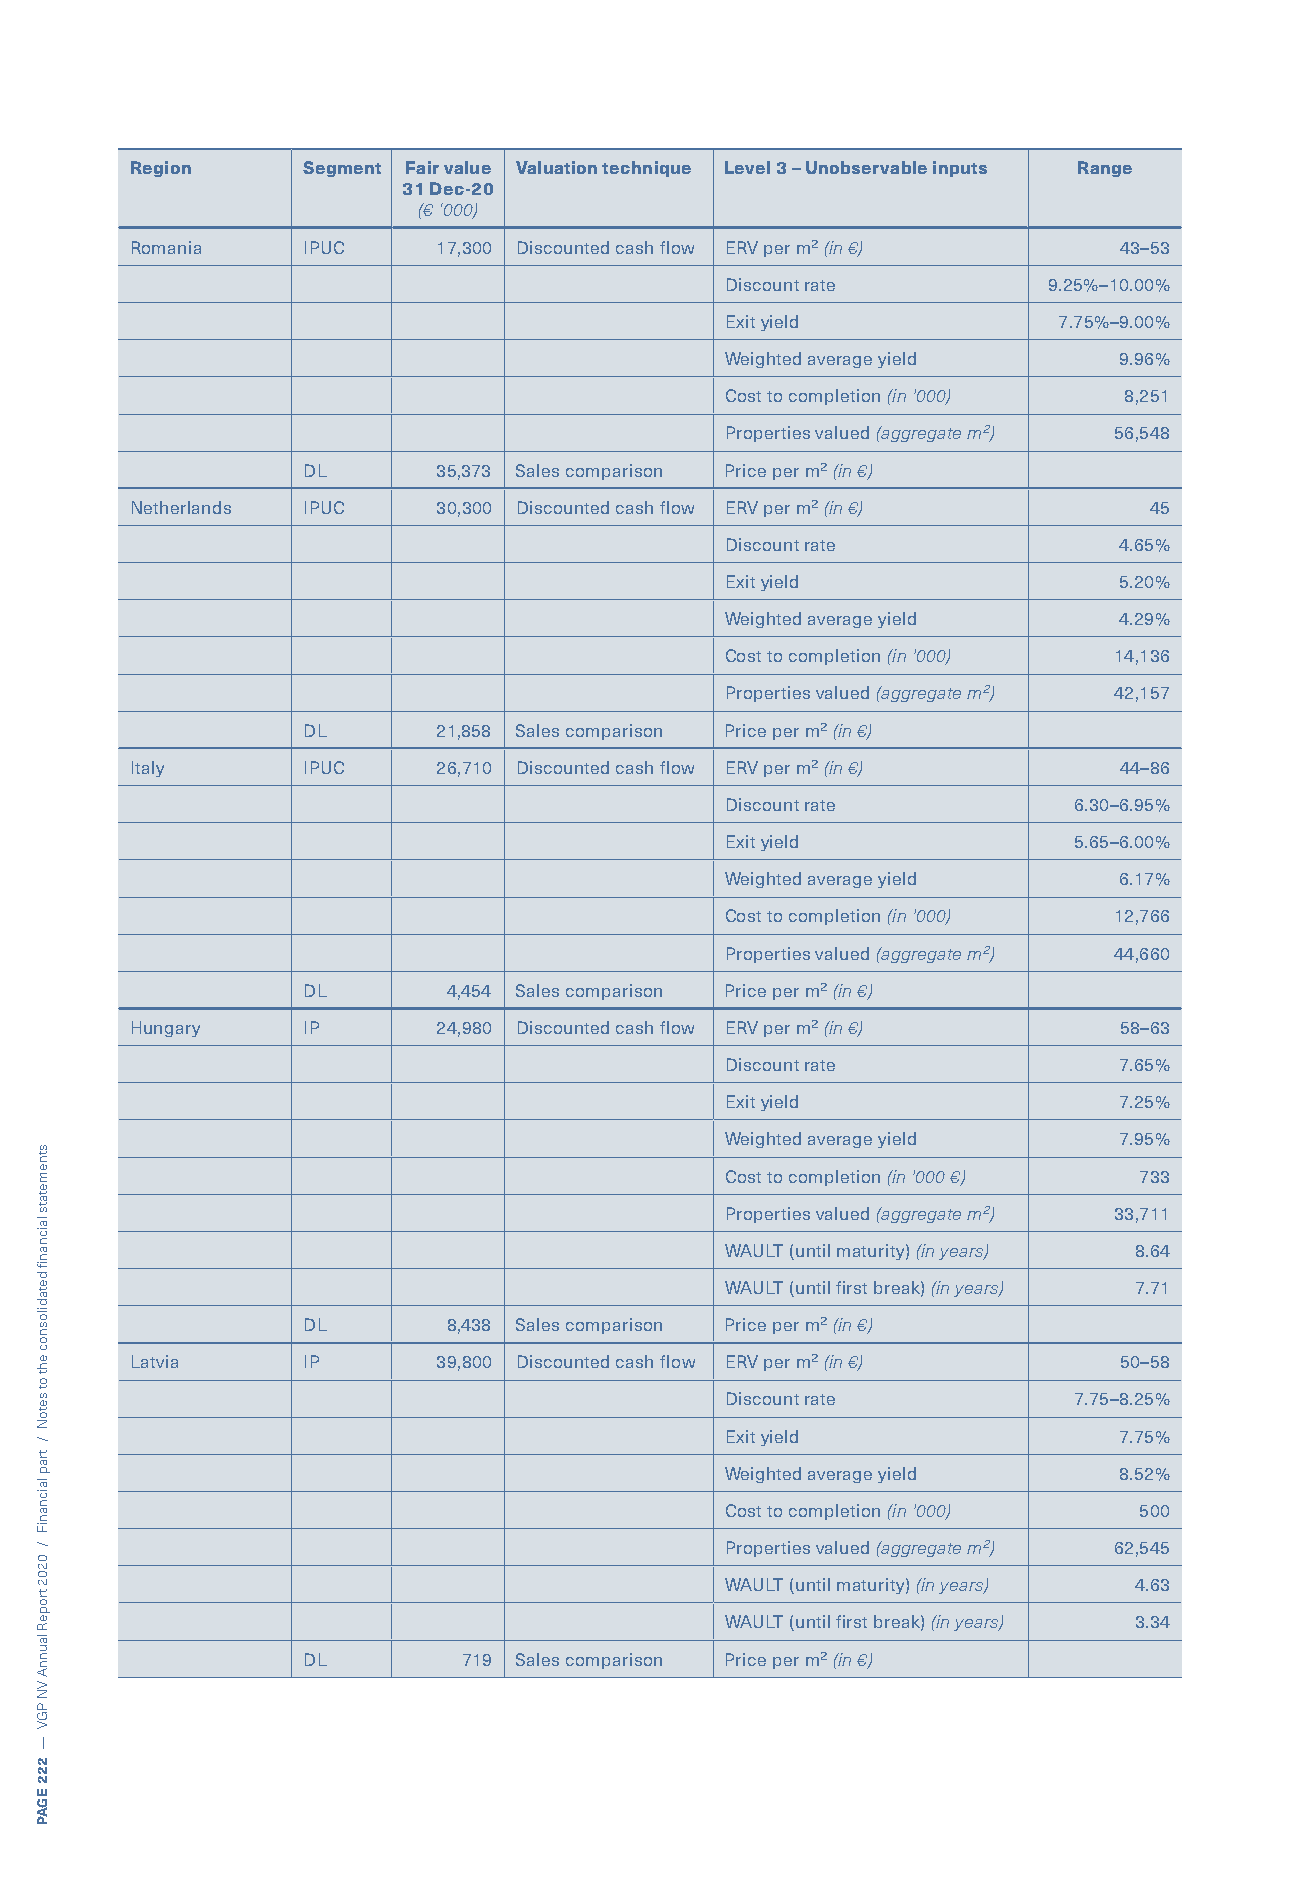
Region     Segment Fair value Valuation technique Level 3 – Unobservable inputs Range
 31 Dec-20
 (€ ‘000)
 Romania    IPUC     17,300 Discounted cash flow ERV per m² (in €) 43–53
 Discount rate        9.25%–10.00%
 Exit yield            7.75%–9.00%
 Weighted average yield    9.96%
 Cost to completion (in '000) 8,251
 Properties valued (aggregate m²) 56,548
 DL       35,373 Sales comparison Price per m² (in €)
 Netherlands IPUC    30,300 Discounted cash flow ERV per m² (in €)  45
 Discount rate             4.65%
 Exit yield                5.20%
 Weighted average yield    4.29%
 Cost to completion (in '000) 14,136
 Properties valued (aggregate m²) 42,157
 DL       21,858 Sales comparison Price per m² (in €)
 Italy      IPUC     26,710 Discounted cash flow ERV per m² (in €) 44–86
 Discount rate          6.30–6.95%
 Exit yield             5.65–6.00%
 Weighted average yield    6.17%
 Cost to completion (in '000) 12,766
 Properties valued (aggregate m²) 44,660
 DL        4,454 Sales comparison Price per m² (in €)
 Hungary    IP       24,980 Discounted cash flow ERV per m² (in €) 58–63
 Discount rate             7.65%
 Exit yield                7.25%
 Weighted average yield    7.95%
 Cost to completion (in '000 €) 733
 Properties valued (aggregate m²) 33,711
 WAULT (until maturity) (in years) 8.64
 WAULT (until first break) (in years) 7.71
 DL        8,438 Sales comparison Price per m² (in €)
 Latvia     IP       39,800 Discounted cash flow ERV per m² (in €) 50–58
 Discount rate          7.75–8.25%
 Exit yield                7.75%
 Weighted average yield    8.52%
 Cost to completion (in '000) 500
 Properties valued (aggregate m²) 62,545
 WAULT (until maturity) (in years) 4.63
 WAULT (until first break) (in years) 3.34
 DL         719 Sales comparison Price per m² (in €)
 stnemetats
 laicnanif
 detadilosnoc
 eht
 ot
 setoN
 /
 trap
 laicnaniF
 /
 0202
 tropeR
 launnA
 VN
 PGV
 —
 222
 EGAP